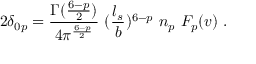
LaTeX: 2 \delta _ { 0 p } = { \frac { \Gamma ( { \frac { 6 - p } { 2 } } ) } { 4 \pi ^ { \frac { 6 - p } { 2 } } } } ~ ( { \frac { l _ { s } } { b } } ) ^ { 6 - p } ~ n _ { p } ~ F _ { p } ( v ) ~ .